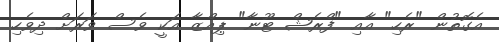
އެގޮތުން "ރެހި" އާއި "ފްރެޝް ޓޫނާ" ޕިއްޒާ އަކީ ވެސް ވަރަށް ދިވެހި